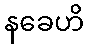
နခေဟိ